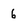
Character: 6